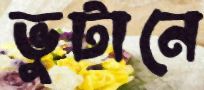
ভুটানে